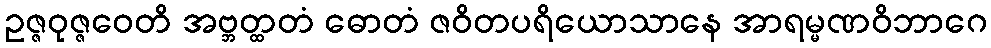
ဥဇ္ဇဝုဇ္ဇဝေတိ အဗ္ဘတ္ထတံ ဓောတံ ဇဝိတပရိယောသာနေ အာရမ္မဏဝိဘာဂေ